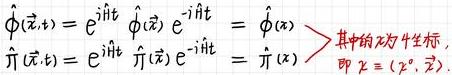
\(\hat{\phi}(\vec{x},t)=e^{i\hat{H}t}\hat{\phi}(\vec{x})e^{-i\hat{H}t}=\hat{\phi}(x)>\)其中的x为4坐标,即\(x=(x^{0},\vec{x}).\hat{\pi}(\vec{x},t)=e^{i\hat{H}t}\hat{\pi}(\vec{x})e^{-i\hat{H}t}=\hat{\pi}(x)\)